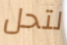
لتحل